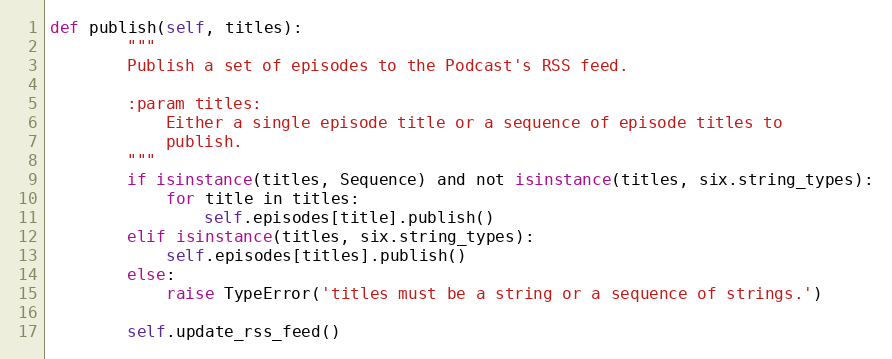
Language: Python
def publish(self, titles):
        """
        Publish a set of episodes to the Podcast's RSS feed.

        :param titles:
            Either a single episode title or a sequence of episode titles to
            publish.
        """
        if isinstance(titles, Sequence) and not isinstance(titles, six.string_types):
            for title in titles:
                self.episodes[title].publish()
        elif isinstance(titles, six.string_types):
            self.episodes[titles].publish()
        else:
            raise TypeError('titles must be a string or a sequence of strings.')

        self.update_rss_feed()